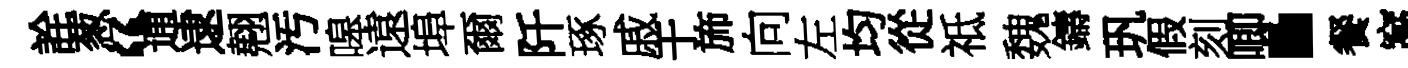
詮葱“逋逮翹汚嗥遠埠爾阡琢戚于斾向左均從祗魏鑄㺬假刻唧·餐窩